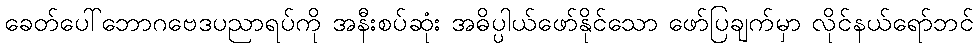
ခေတ်ပေါ်ဘောဂဗေဒပညာရပ်ကို အနီးစပ်ဆုံး အဓိပ္ပါယ်ဖော်နိုင်သော ဖော်ပြချက်မှာ လိုင်နယ်ရော်ဘင်